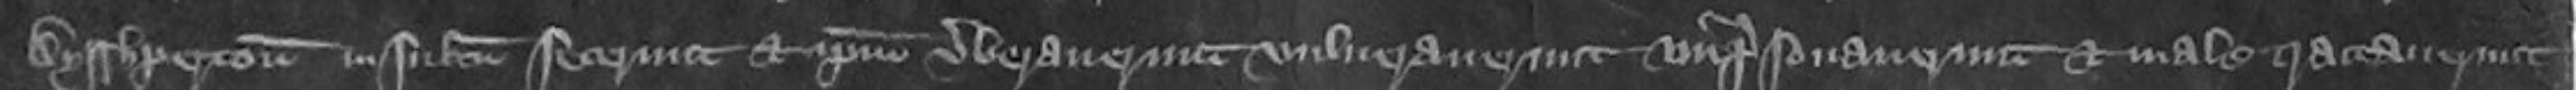
Aysthperton insultum fecerunt et ipsum verberaverunt vulneraverunt imprisonaverunt et maletractaverunt